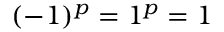
( - 1 ) ^ { p } = 1 ^ { p } = 1